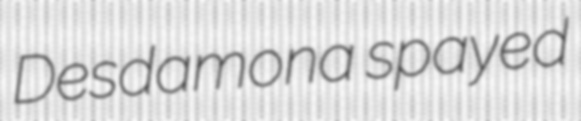
Desdamona spayed